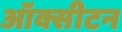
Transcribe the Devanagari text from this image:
ऑक्सीटन